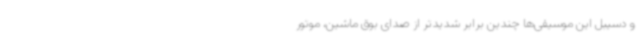
و دسیبل این موسیقی‌ها چندین برابر شدیدتر از صدای بوق ماشین، موتور